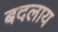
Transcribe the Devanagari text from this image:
बदलाय